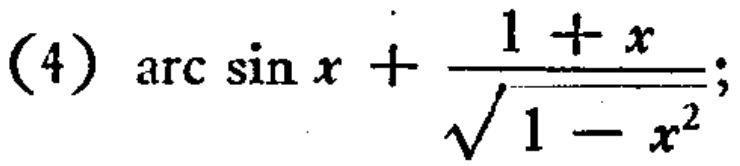
\(\text{(4) } \arcsin x+\frac{1 + x}{\sqrt{1 - x^{2}}}\)